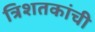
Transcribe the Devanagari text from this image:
त्रिशतकांची